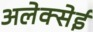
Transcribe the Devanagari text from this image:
अलेक्सेई